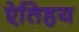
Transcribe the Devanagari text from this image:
ऐतिहय